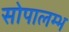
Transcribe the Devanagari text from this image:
सोपालम्भ